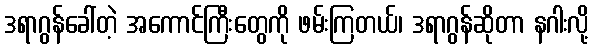
ဒရာဂွန်ခေါ်တဲ့ အကောင်ကြီးတွေကို ဖမ်းကြတယ်၊ ဒရာဂွန်ဆိုတာ နဂါးလို့